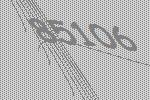
85106